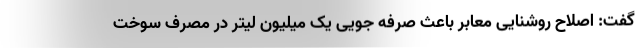
گفت: اصلاح روشنایی معابر باعث صرفه جویی یک میلیون لیتر در مصرف سوخت